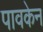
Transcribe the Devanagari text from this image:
पावकेन